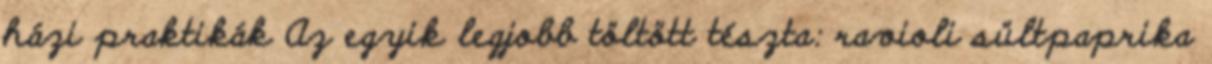
házi praktikák Az egyik legjobb töltött tészta: ravioli sültpaprika